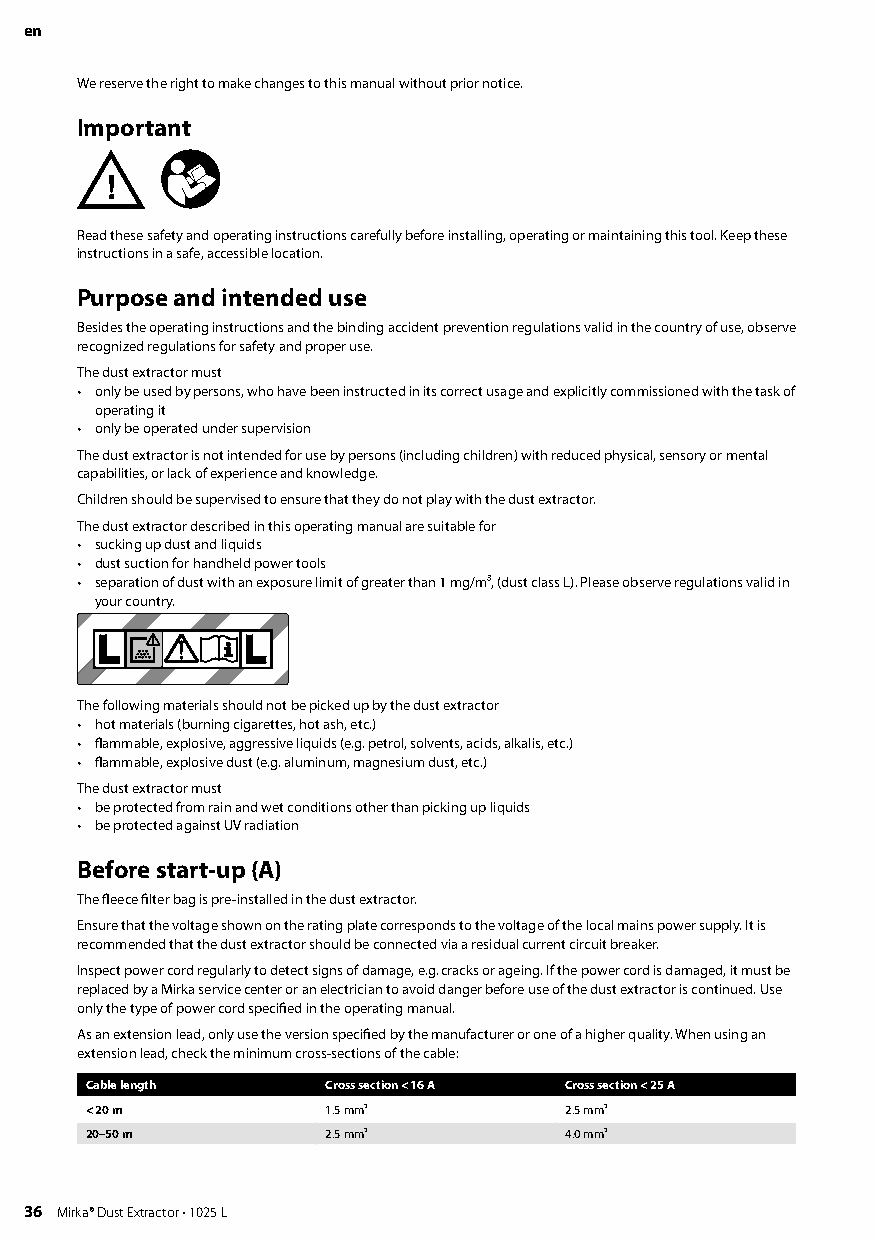
en
 We reserve the right to make changes to this manual without prior notice
 Important
 Read these safety and operating instructions carefully before installing, operating or maintaining this tool Keep these
 instructions in a safe, accessible location
 Purpose and intended use
 Besides the operating instructions and the binding accident prevention regulations valid in the country of use, observe
 recognized regulations for safety and proper use
 The dust extractor must
 • only be used by persons, who have been instructed in its correct usage and explicitly commissioned with the task of
 operating it
 • only be operated under supervision
 The dust extractor is not intended for use by persons (including children) with reduced physical, sensory or mental
 capabilities, or lack of experience and knowledge
 Children should be supervised to ensure that they do not play with the dust extractor
 The dust extractor described in this operating manual are suitable for
 • sucking up dust and liquids
 • dust suction for handheld power tools
 • separation of dust with an exposure limit of greater than 1 mg/m³, (dust class L) Please observe regulations valid in
 your country
 The following materials should not be picked up by the dust extractor
 • hot materials (burning cigarettes, hot ash, etc )
 • flammable, explosive, aggressive liquids (e g petrol, solvents, acids, alkalis, etc )
 • flammable, explosive dust (e g aluminum, magnesium dust, etc )
 The dust extractor must
 • be protected from rain and wet conditions other than picking up liquids
 • be protected against UV radiation
 Before start-up (A)
 The fleece filter bag is pre-installed in the dust extractor
 Ensure that the voltage shown on the rating plate corresponds to the voltage of the local mains power supply It is
 recommended that the dust extractor should be connected via a residual current circuit breaker
 Inspect power cord regularly to detect signs of damage, e g cracks or ageing If the power cord is damaged, it must be
 replaced by a Mirka service center or an electrician to avoid danger before use of the dust extractor is continued Use
 only the type of power cord specified in the operating manual
 As an extension lead, only use the version specified by the manufacturer or one of a higher quality When using an
 extension lead, check the minimum cross-sections of the cable:
 Cable length    Cross section < 16 A Cross section < 25 A
 < 20 m          1 5 mm²        2 5 mm²
 20–50 m         2 5 mm²        4 0 mm²
 36 Mirka® Dust Extractor • 1025 L